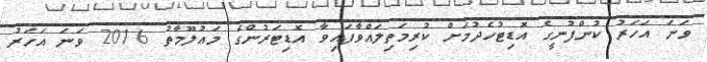
ވަނަ އަހަރު ކުންފުނީގެ އޮޑިޓުހެދުމަށް ކުރިމަތިލައްވާފައިވާ އޮޑިޓަރުންގެ މަޢުލޫމާތު 2016 ވަނަ އަހަރު